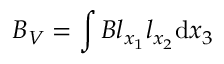
B _ { V } = \int { B l _ { x _ { 1 } } l _ { x _ { 2 } } \mathrm { d } x _ { 3 } }